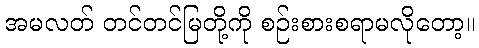
အမလတ် တင်တင်မြတို့ကို စဉ်းစားစရာမလိုတော့။